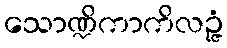
သောဏ္ဍိကာကိလဉ္ဇံ